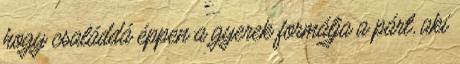
hogy családdá éppen a gyerek formálja a párt, aki